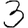
Digit: 3